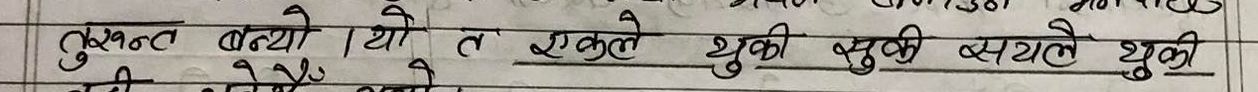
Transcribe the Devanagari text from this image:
तुच्छत बन्यो । यो त एक्लै थुकी थुकी सयाले थुकी